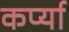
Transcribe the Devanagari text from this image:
कर्प्या